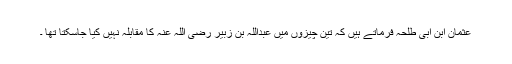
عثمان ابن ابی طلحہ فرماتے ہیں کہ تین چیزوں میں عبداللہ بن زبیر رضی اللہ عنہ کا مقابلہ نہیں کیا جاسکتا تھا ۔